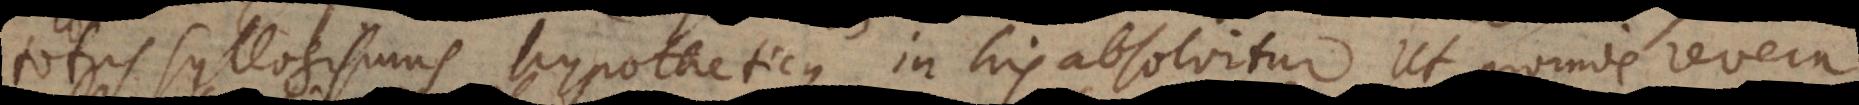
totus syllogismus hypotheticus in his absolvitur. Ut proinde revera